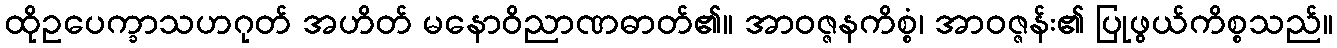
ထိုဥပေက္ခာသဟဂုတ် အဟိတ် မနောဝိညာဏဓာတ်၏။ အာဝဇ္ဇနကိစ္စံ၊ အာဝဇ္ဇန်း၏ ပြုဖွယ်ကိစ္စသည်။